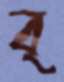
ব্